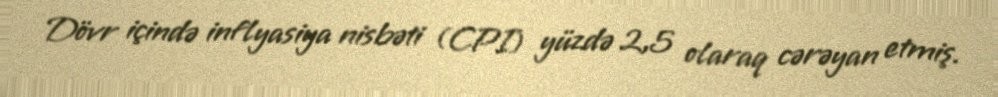
Dövr içində inflyasiya nisbəti (CPI) yüzdə 2,5 olaraq cərəyan etmiş.